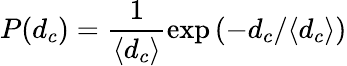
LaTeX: P(d_{c})=\frac{1}{\langle d_{c}\rangle}\exp{(-d_{c}/\langle d_{c}\rangle)}